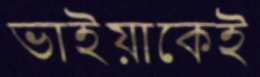
ভাইয়াকেই